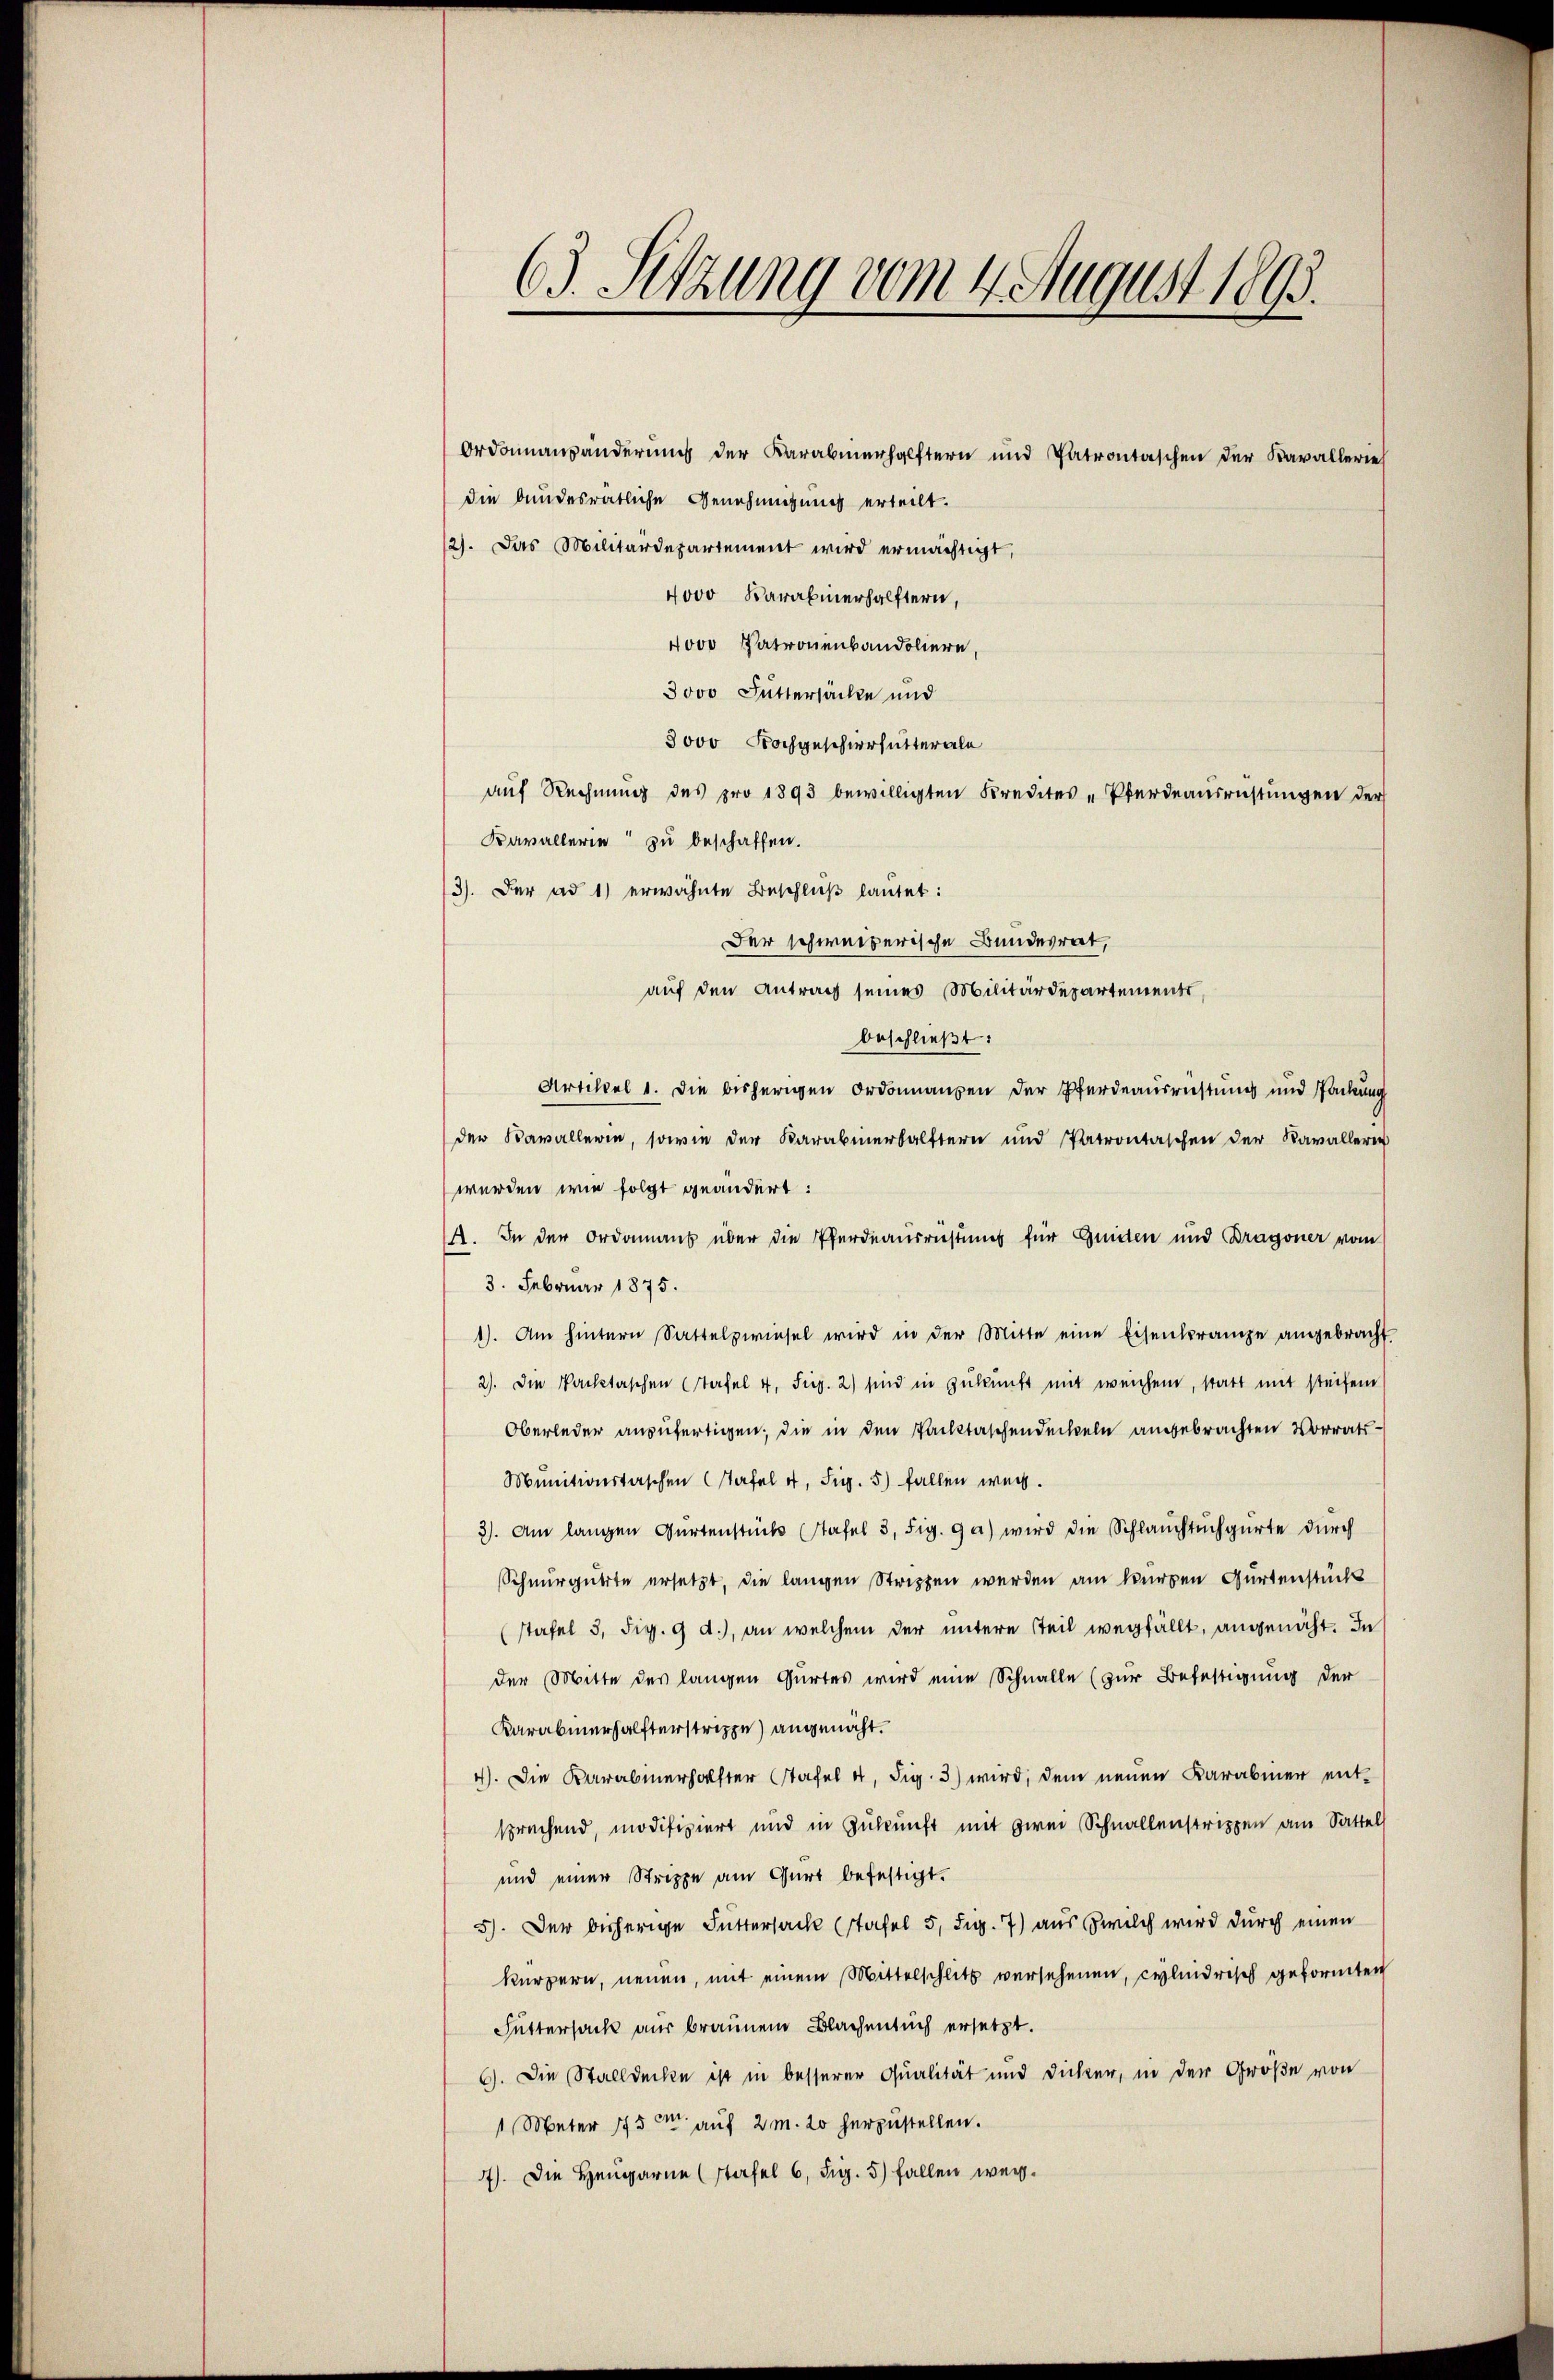
1
B. Sitzung vom 4. August 1893.

Ordonnansänderung der Karabmerhaltern und Patrontaschen der Kavallerie
die bundesrätliche Genehmigung erteilt.
2). Das Militärdepartement wird ermächtigt,
4000 Karabinerhälftern,
4000 Patronenbandoliere,
3000 Futtersache und
3000 Kochgeschierhutterale
auf Rechnung des pro 1893 bewilligten Kredites-Pferdeausrüstungen der
Kavallerin zu beschaffen.
3). Der ad 1) erwähnte Beschluß lautet:
Der schweizerische Bundesrat,
auf den Antrag seines Militärdepartements,
beschließt:
Artikel 1. Die bisherigen Ordonnanzen der Pferdeausrichtung und Packung
der Kavallerin, sowie der Karabinerhaltern und Patrontaschen der Kavalleren
werden, wie folgt geändert:
A. In der Ordonaus über die Pferdeausrüstung für Guiden und Dragoner vom
3. Februar 1875.
1). Am hintern Sattelzwiesel wird in der Mitte eine Eisenkrampe angebracht
2). Die Packtaschen Tafel 4. Sep. 2) sind in Zŭkŭnft mit weichen, statt mit steifen
Oberleder anzufertigen; die in den Packtaschendeckeln angebrachten Vorrats¬
Munitionstaschen Stafel u, Fig. 5) fallen weg.
3). Am langen Gurtenstücks (Stafel 3, Fig. 9 a) wird die Schlauchtuchgürte durch
Schnurgütte ersetzt, die langen Strippen werden am kurzen Gurtenstücks
stafel 3, Sip. 9 d.), an welchem der untere Teil wegfällt, angenicht. In
der Mitte des langen Gurtes wird eine Schnalle (zur Befestigung der
Karabmerhafterstreppe) angenäht.
4). Die Karabinerhalter Stafel 4, dig. 3) wird, dem neuen Karabiner entsprechend, modifiziert und in Zukunft mit zwei Schnallenstrippen am Sattel
und einer Strippe am Gurt befestigt.
5). Der bisherige Futtersack (stafel 5, Fig. 7) aus Zwilch wird durch einen
kürzern, neuen, mit einem Mittelschlitt versehenen, cylindrisch geformten
Futtersack aus braunem Blachentuch ersetzt.
6). Die Stalldecke ist in besserer Qualität und Dicker, in der Größe von
1 Meter 75m auf 2 m. 20 herzustellen.
7). Die Hengarne (stafel 6, Sig. 5) fallen wer¬